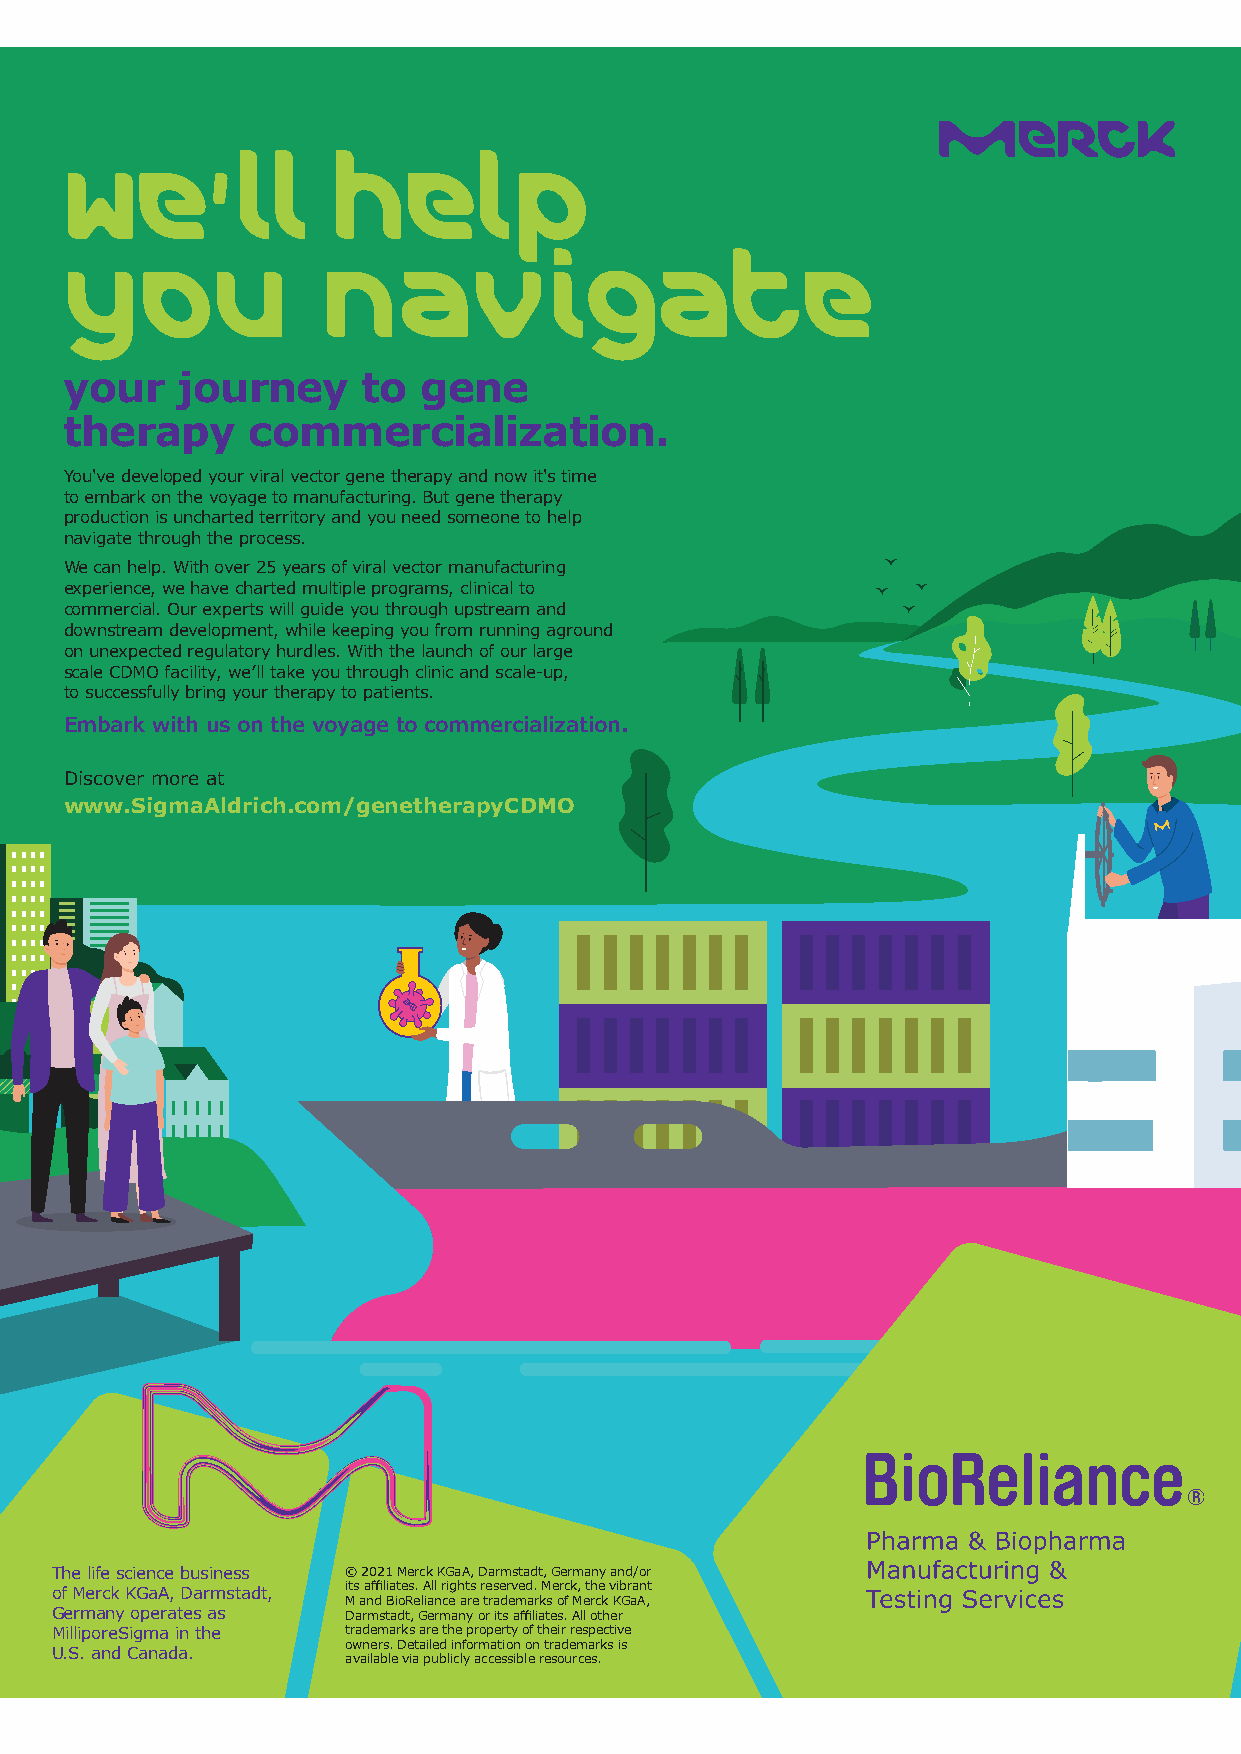
we’ll             help
 you               navigate
 your    journey     to  gene
 therapy     commercialization.
 You've developed your viral vector gene therapy and now it's time
 to embark on the voyage to manufacturing. But gene therapy
 production is uncharted territory and you need someone to help
 navigate through the process.
 We can help. With over 25 years of viral vector manufacturing
 experience, we have charted multiple programs, clinical to
 commercial. Our experts will guide you through upstream and
 downstream development, while keeping you from running aground
 on unexpected regulatory hurdles. With the launch of our large
 scale CDMO facility, we’ll take you through clinic and scale-up,
 to successfully bring your therapy to patients.
 Embark with us on the voyage to commercialization.
 Discover more at
 www.SigmaAldrich.com/genetherapyCDMO
 The life science business © 2021 Merck KGaA, Darmstadt, Germany and/or
 of Merck KGaA, Darmstadt, its affiliates. All rights reserved. Merck, the vibrant
 M and BioReliance are trademarks of Merck KGaA,
 Germany operates as Darmstadt, Germany or its affiliates. All other
 MilliporeSigma in the trademarks are the property of their respective
 owners. Detailed information on trademarks is
 U.S. and Canada.
 available via publicly accessible resources.